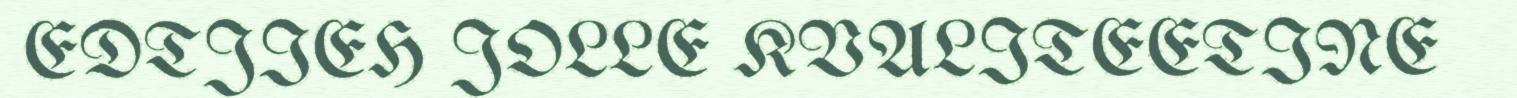
EDTJIEH JOLLE KVALITEETINE